Lunatic asylums Burma 1907-21 - 1907-1921
Year: 1907
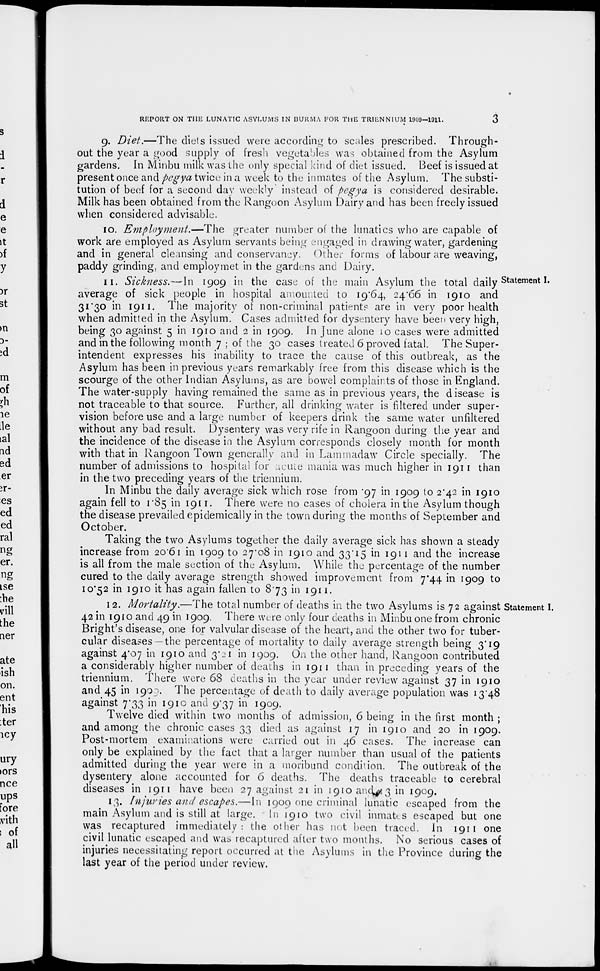
REPORT ON THE LUNATIC ASYLUMS IN BURMA FOR THE TRIENNIUM 1909—1911.
3
9. Diet.—The diets issued were according to scales prescribed. Through-
out the year a good supply of fresh vegetables was obtained from the Asylum
gardens. In Minbu milk was the only special kind of diet issued. Beef is issued at
present once and pegya twice in a week to the inmates of the Asylum. The substi-
tution of beef for a second day weekly instead of pegya is considered desirable.
Milk has been obtained from the Rangoon Asylum Dairy and has been freely issued
when considered advisable.
10. Employment.—The
greater number of the lunatics who are capable of
work are employed as Asylum servants being engaged in drawing water, gardening
and in general cleansing and conservancy. Other forms of labour are weaving,
paddy grinding, and employment in the gardens and Dairy.
Statement I.
11. Sickness.—In
1909 in the case of the main Asylum the total daily'
average of sick people in hospital amounted to 19.64, 24.66 in 1910 and
31.30 in 1911. The majority of non-criminal patients are in very poor health
when admitted in the Asylum. Cases admitted for dysentery have been very high,
being 30 against 5 in 1910 and 2 in 1909. In June alone 10 cases were admitted
and in the following month 7 ; of the 30 cases treated 6 proved fatal. The Super-
intendent expresses his inability to trace the cause of this outbreak, as the
Asylum has been in previous years remarkably free from this disease which is the
scourge of the other Indian Asylums, as are bowel complaints of those in England.
The water-supply having remained the same as in previous years, the disease is
not traceable to that source. Further, all drinking water is filtered under super-
vision before use and a large number of keepers drink the same water unfiltered
without any bad result. Dysentery was very rife in Rangoon during the year and
the incidence of the disease in the Asylum corresponds closely month for month
with that in Rangoon Town generally and in Lammadaw Circle specially. The
number of admissions to hospital for acute mania was much higher in 1911 than
in the two preceding years of the triennium.
In Minbu the daily average sick which rose from .97 in 1909 to 2.42 in 1910
again fell to 1.85 in 1911. There were no cases of cholera in the Asylum though
the disease prevailed epidemically in the town during the months of September and
October.
Taking the two Asylums together the daily average sick has shown a steady
increase from 20.61 in 1909 to 27.08 in 1910 and 33.15 in 1911 and the increase
is all from the male section of the Asylum. While the percentage of the number
cured to the daily average strength showed improvement from 7.44 in 1909 to
10.52 in 1910 it has again fallen to 8.73 in 1911.
Statement I.
12. Mortality.—The total number of deaths in the two Asylums is 72 against
42 in 1910 and 49 in 1909. There were only four deaths in Minbu one from chronic
Bright's disease, one for valvular disease of the heart, and the other two for tuber-
cular diseases —the percentage of mortality to daily average strength being 3.19
against 4.07 in 1910 and 3.21 in 1909. On the other hand, Rangoon contributed
a considerably higher number of deaths in 1911 than in preceding years of the
triennium. There were 68 deaths in the year under review against 37 in 1910
and 45 in 1909. The percentage of death to daily average population was 13.48
against 7.33 in 1910 and 9.37 in 1909.
Twelve died within two months of admission, 6 being in the first month ;
and among the chronic cases 33 died as against 17 in 1910 and 20 in 1909.
Post-mortem examinations were carried out in 46 cases. The increase can
only be explained by the fact that a larger number than usual of the patients
admitted during the year were in a moribund condition. The outbreak of the
dysentery alone accounted for 6 deaths. The deaths traceable to cerebral
diseases in 1911 have been 27 against 21 in 1910 and 3 in 1909.
13. Injuries and escapes.—In 1909 one criminal lunatic escaped from the
main Asylum and is still at large. In 1910 two civil inmates escaped but one
was recaptured immediately: the other has not been traced. In 1911 one
civil lunatic escaped and was recaptured after two months. No serious cases of
injuries necessitating report occurred at the Asylums in the Province during the
last year of the period under review.